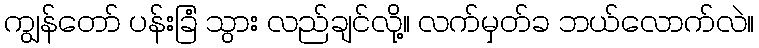
ကျွန်တော် ပန်းခြံ သွား လည်ချင်လို့။ လက်မှတ်ခ ဘယ်လောက်လဲ။